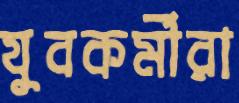
যুবকর্মীরা